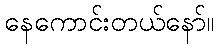
နေကောင်းတယ်နော်။